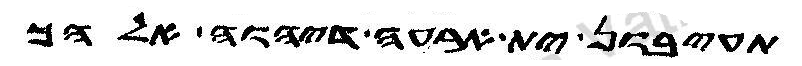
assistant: תעיבון ית ארעה דיהוה אלהך